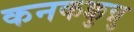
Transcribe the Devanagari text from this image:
कनकक्कुन्नु